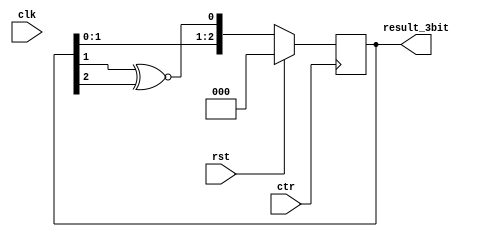
/*
   This file was generated automatically by the Mojo IDE version B1.3.6.
   Do not edit this file directly. Instead edit the original Lucid source.
   This is a temporary file and any changes made to it will be destroyed.
*/

module lfsr_randomizer_6 (
    input clk,
    input rst,
    input ctr,
    output reg [2:0] result_3bit
  );
  
  
  
  reg [2:0] M_count_d, M_count_q = 1'h0;
  
  always @* begin
    M_count_d = M_count_q;
    
    result_3bit[0+0-:1] = M_count_q[0+0-:1];
    M_count_d[1+0-:1] = M_count_q[0+0-:1];
    result_3bit[1+0-:1] = M_count_q[1+0-:1];
    M_count_d[2+0-:1] = M_count_q[1+0-:1];
    result_3bit[2+0-:1] = M_count_q[2+0-:1];
    M_count_d[0+0-:1] = M_count_q[1+0-:1] ~^ M_count_q[2+0-:1];
  end
  
  always @(posedge ctr) begin
    if (rst == 1'b1) begin
      M_count_q <= 1'h0;
    end else begin
      M_count_q <= M_count_d;
    end
  end
  
endmodule